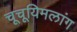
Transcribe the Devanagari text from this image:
चूचूयिमलांग